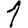
Digit: 1